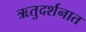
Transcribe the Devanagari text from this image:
ऋतुदर्शनात